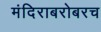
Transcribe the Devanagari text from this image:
मंदिराबरोबरच